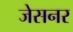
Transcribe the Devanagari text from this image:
जेसनर